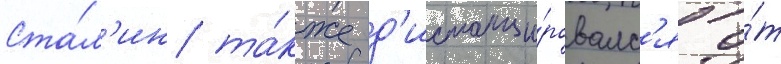
Ста́л'ин та́кже д'истанци́ровалс'я о́т